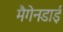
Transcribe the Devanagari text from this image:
मैगेनडाई